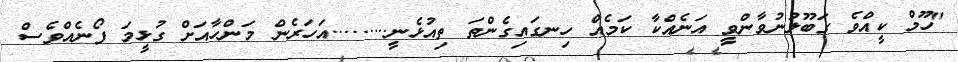
"ހޫމް ކީއްވެ ގަބޫލުނުވާންވީ އަނެއްކާ ކަމެއް ހިނގައިގެންތަ ތިއުޅެނީ.........އަހަރެން މަންހާއަށް ގުޅީމަ ފޯނެއްވެސް